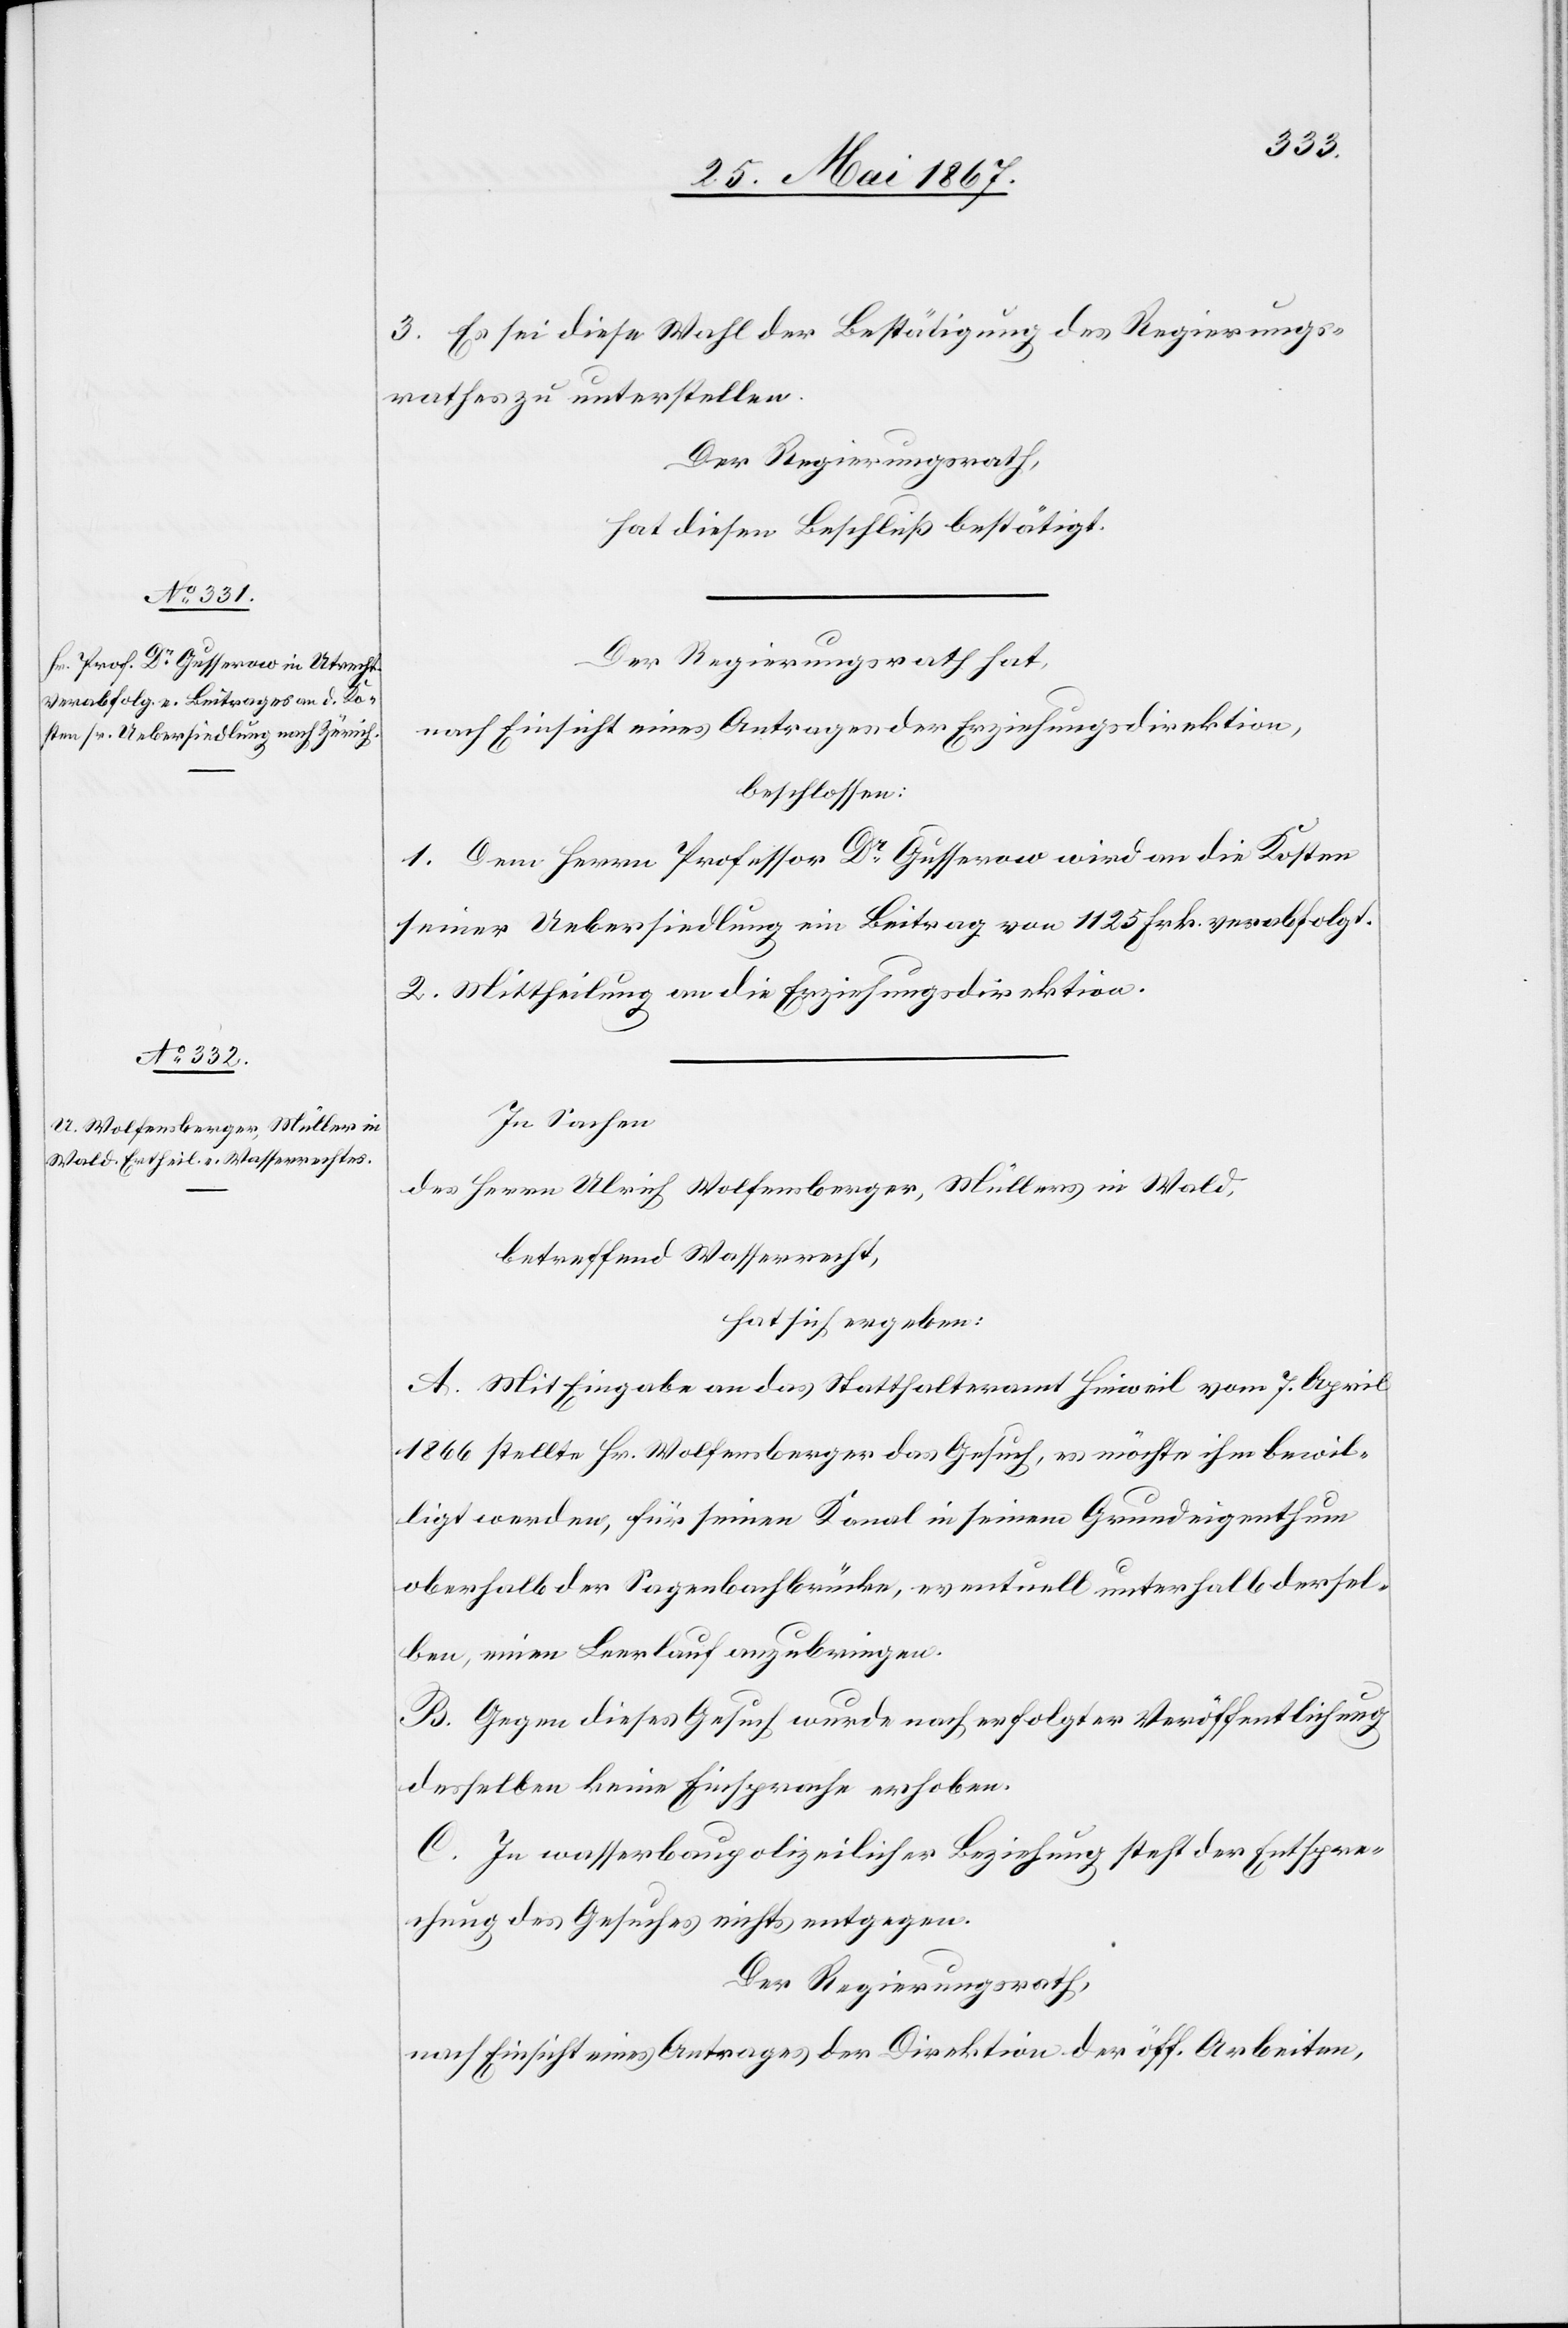
3. Es sei diese Wahl der Bestätigung des Regierungs¬
rathes zu unterstellen.
Der Regierungsrath
hat diesen Beschluß bestätigt.
Der Regierungsrath hat,
nach Einsicht eines Antrages der Erziehungsdirektion,
beschlossen:
1. Dem Herrn Professor Dr. Gusserow wird an die Kosten
seiner Uebersiedlung ein Beitrag von 1125 Frk. verabfolgt.
2. Mittheilung an die Erziehungsdirektion.
In Sachen
des Herrn Ulrich Wolfensberger, Müllers in Wald,
betreffend Wasserrecht,
hat sich ergeben:
A. Mit Eingabe an das Statthalteramt Hinweil vom 7. April
1866 stellte Hr. Wolfensberger das Gesuch, es möchte ihm bewil¬
ligt werden, für seinen Kanal in seinem Grundeigenthum
oberhalb der Sagenbachbrücke, eventuell unterhalb dersel¬
ben einen Leerlauf anzubringen.
B. Gegen dieses Gesuch wurde nach erfolgter Veröffentlichung
desselben keine Einsprache erhoben.
C. In wasserbaupolizeilicher Beziehung steht der Entspre¬
chung des Gesuches nichts entgegen.
Der Regierungsrath,
nach Einsicht eines Antrages der Direktion der öff. Arbeiten,